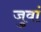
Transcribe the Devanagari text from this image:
जुवां